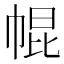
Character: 𢃚